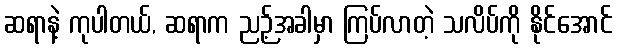
ဆရာနဲ့ ကုပါတယ်, ဆရာက ညဉ့်အခါမှာ ကြပ်လာတဲ့ သလိပ်ကို နိုင်အောင်